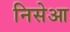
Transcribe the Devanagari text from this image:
निसेआ